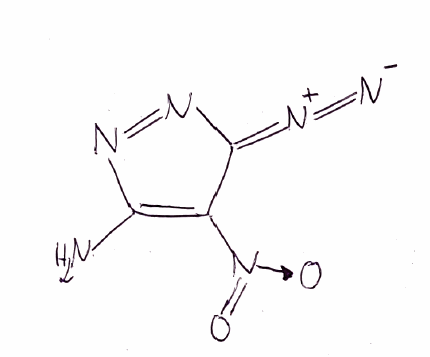
Simplified molecular-input line-entry system (SMILES) notation of the given molecule:
C1(=C(N=NC1=[N+]=[N-])N)[N+](=O)[O-]